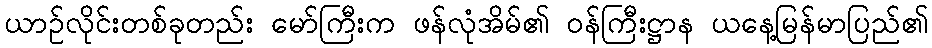
ယာဉ်လိုင်းတစ်ခုတည်း မော်ကြီးက ဖန်လုံအိမ်၏ ဝန်ကြီးဋ္ဌာန ယနေ့မြန်မာပြည်၏